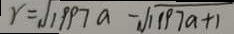
r = \sqrt { 1 9 9 7 a } - \sqrt { 1 1 9 7 a + 1 }